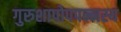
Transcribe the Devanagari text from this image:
गुरुशापोपपन्नस्य